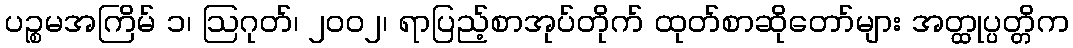
ပဉ္စမအကြိမ် ၁၊ ဩဂုတ်၊ ၂၀၀၂၊ ရာပြည့်စာအုပ်တိုက် ထုတ်စာဆိုတော်များ အတ္ထုပ္ပတ္တိက